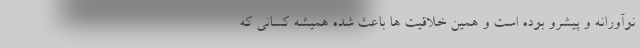
نوآورانه و پیشرو بوده است و همین خلاقیت ها باعث شده همیشه کسانی که